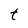
Character: t